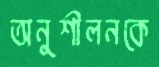
অনুশীলনকে